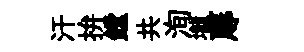
汗拚鏜共洵壠蓐